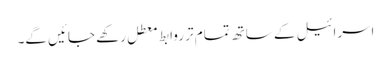
اسرائیل کے ساتھ تمام تر روابط معطل رکھے جائیں گے۔